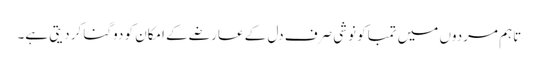
تاہم مردوں میں تمباکو نوشی صرف دل کے عارضے کے امکان کو دوگنا کر دیتی ہے۔